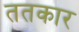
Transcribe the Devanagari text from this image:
ततकार